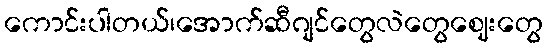
ကောင်းပါတယ်၊အောက်ဆီဂျင်တွေလဲတွေဈေးတွေ